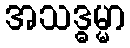
အသဒ္ဓမ္မာ